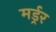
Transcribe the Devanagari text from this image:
मर्ड्रर